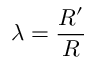
\lambda = \frac { R ^ { \prime } } { R }